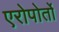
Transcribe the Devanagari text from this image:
एरोपोर्तो